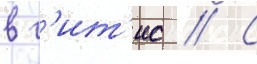
в г'ит'ис // С